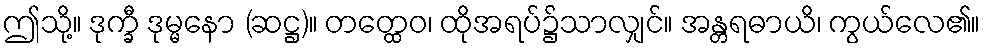
ဤသို့။ ဒုက္ခီ ဒုမ္မနော (ဆဋ္ဌ)။ တတ္ထေဝ၊ ထိုအရပ်၌သာလျှင်။ အန္တရဓာယိ၊ ကွယ်လေ၏။